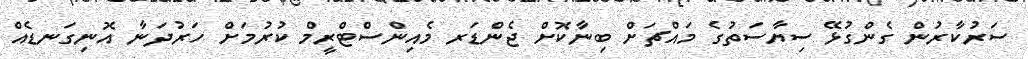
ސަރުކާރުން ގެންގުޅޭ ސިޔާސަތުގެ މައްޗަށް ބިނާކޮށް ޖެންޑަރ މެއިންސްޓްރީމް ކުރުމަށް ހަރުދަނާ އޮނިގަނޑެއް